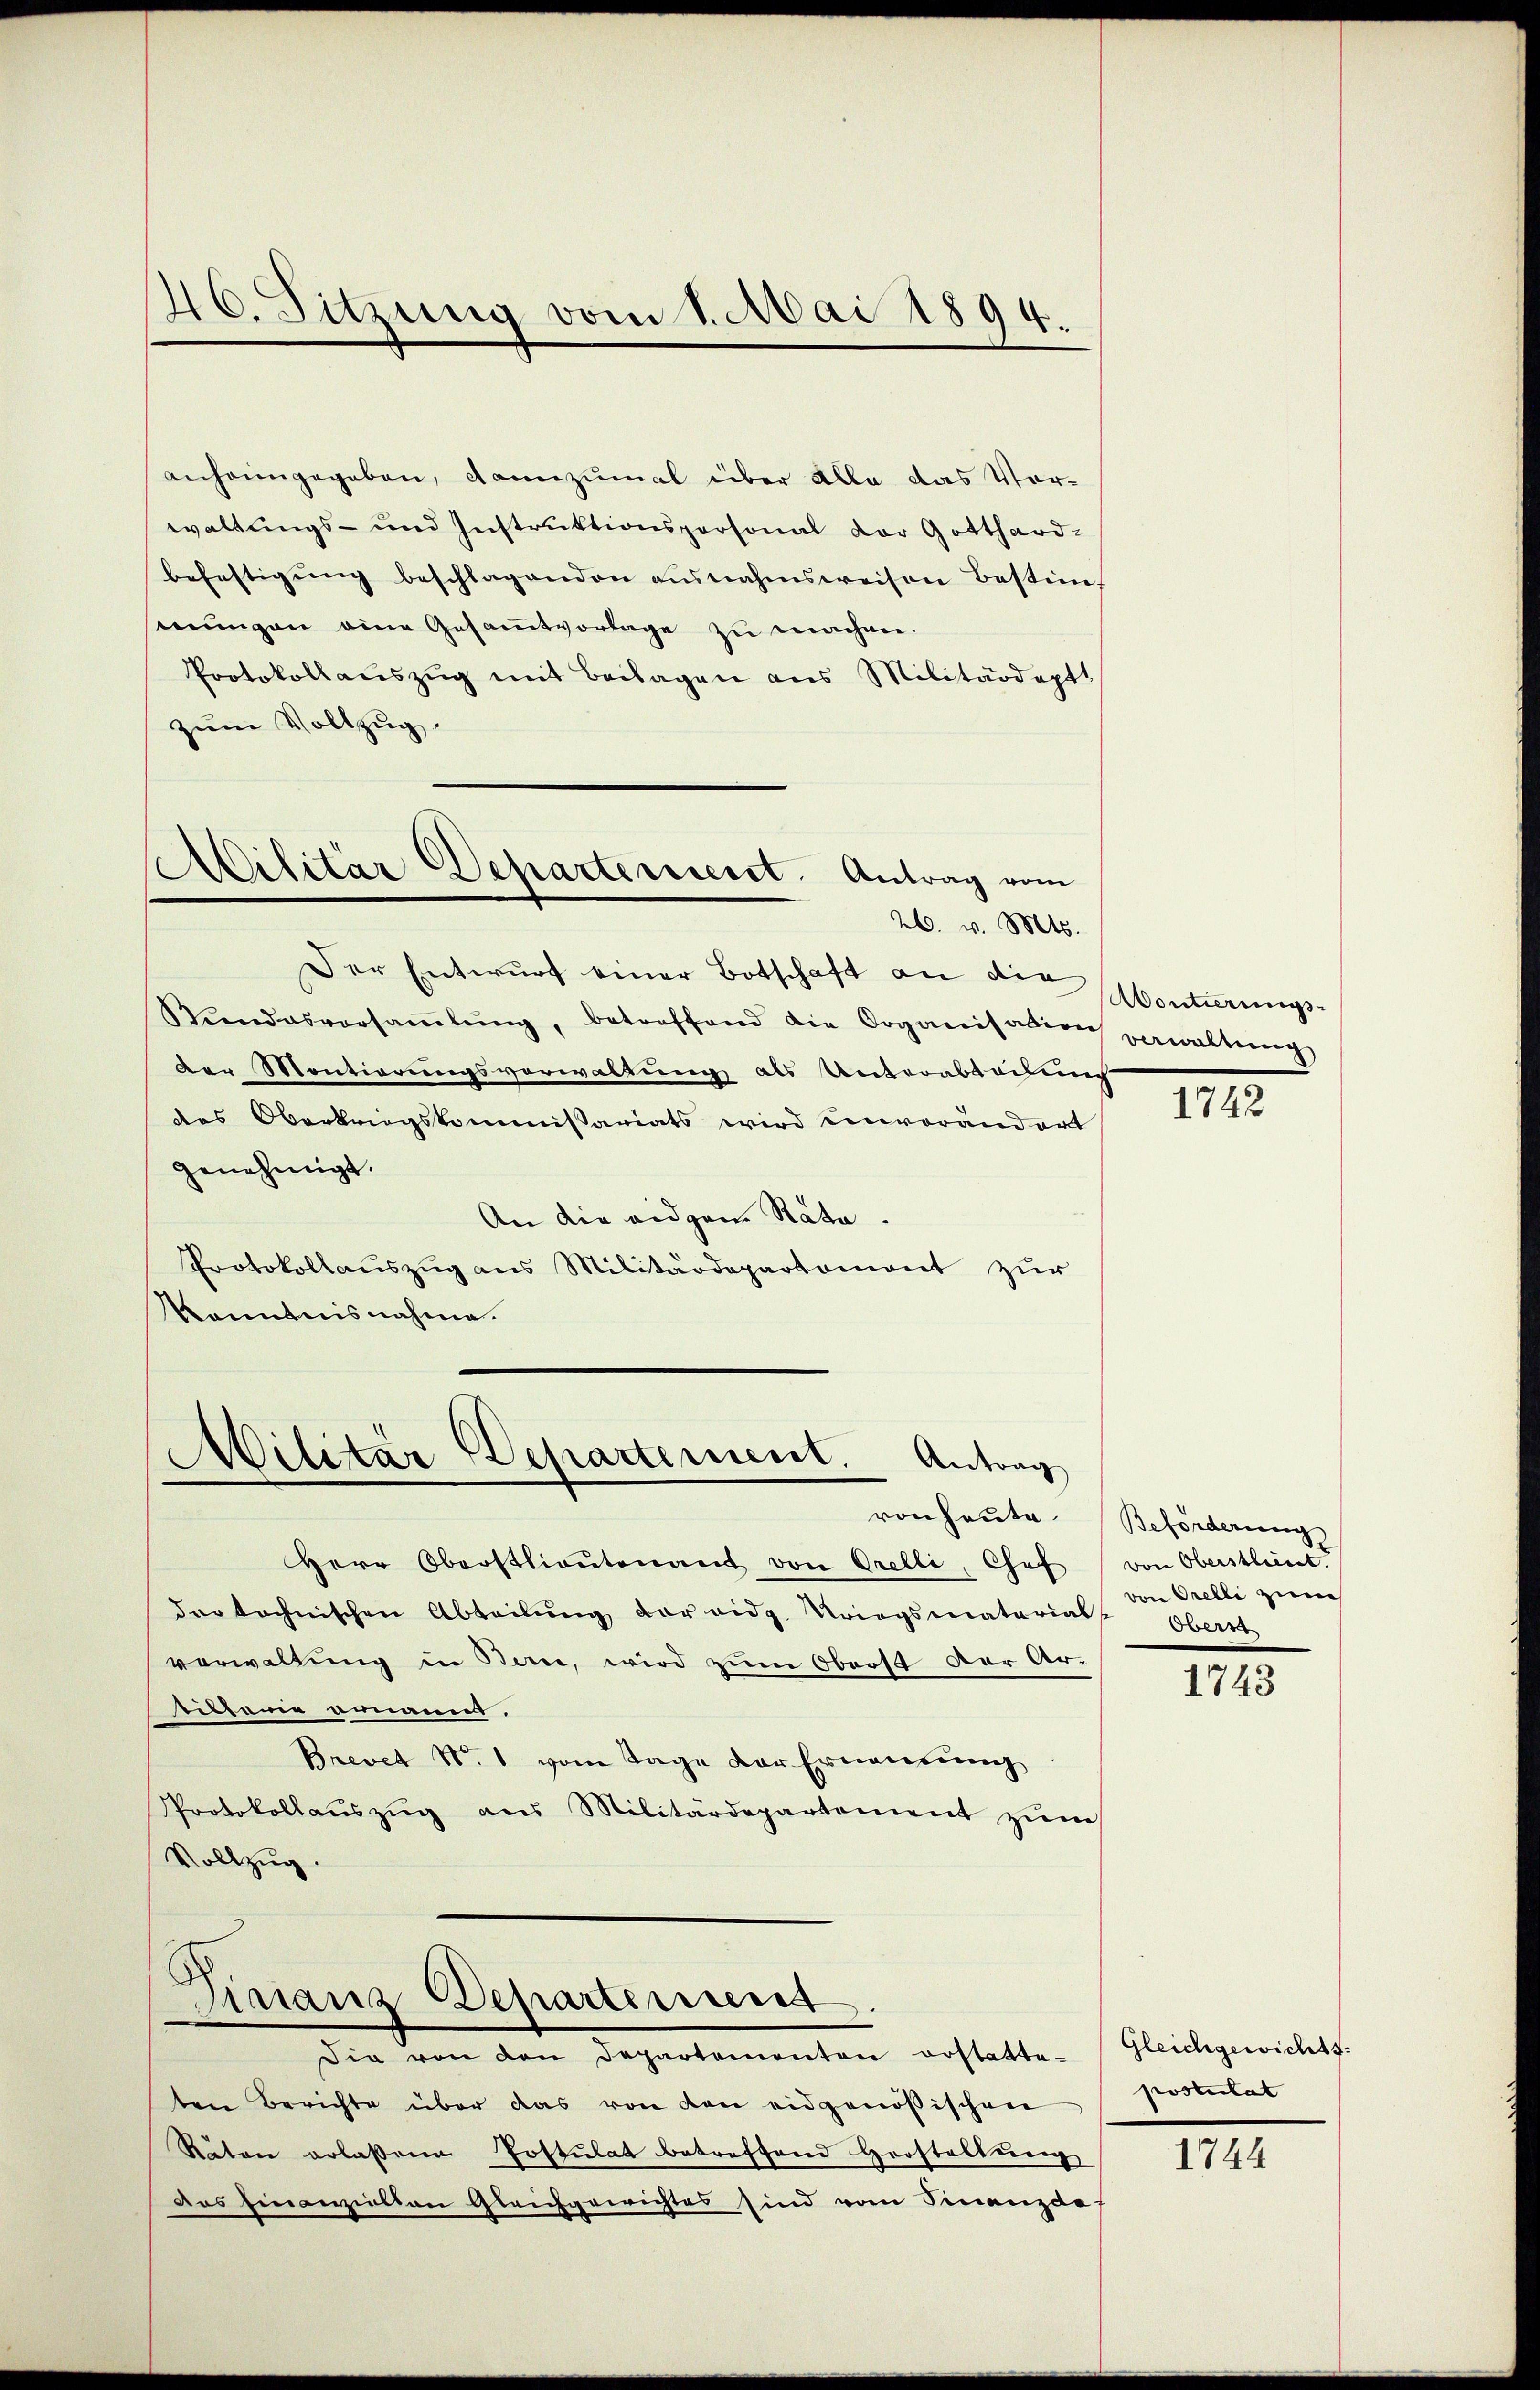
anheimgegeben, dannzumal über alle das Vor-
waltungs- und Instruktionspersonal der Gotthard-
befestigŭng beschlagenden ausnahmsweisen Bestim
senungen eine Gesamtvorlage zu machen.
Protokollaŭszŭg mit Beilagen aus Militärdept
zum Vollzug.

40. Sitzung vom 1. Mai 1894.

Militär Departeniesst. Antrag vom
26. v. Mts.

Militär Departement. Antrag
ron heute.

Der Entwŭrf einer Botschaft an die Montierungs-
Kŭndesversaṁlŭng, betreffend die Organisation verwaltŭng
Der Montierungsverwaltung als Unterabrechung
des Oberkriegskommissariats wird einverändert
genehmigt.
An die eidgen Rata
Protokollauszug aus Militärdepartement zur
konntnisnahme.

Herr Oberstlieutenant von Orelli, Chef
dar technischen Abteilŭng vor eidg. Kriegsmaterial
vorwaltung in Bern, wird zum Oberst der Ar-
itharin ernannt.
Brevet N. 1 vom Tage der Ernennung
Protokollaŭszŭg ans Militärdepartement zŭm
Vollzug.

Finanz Departement

Die von den Departementen erstatte-
ten Berichte über das von den eidgenössischen
Räten erlaßene Postulat betreffend Herstellŭng
das Einanzielten Gleichgewichtes sind vom Finanzde

1742

Beförderung
von Oberstlieut.
von Orelli zum
Oberm

1743

Gleichgewichts.
postulat

1744